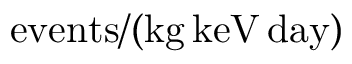
\mathrm { e v e n t s } / ( \mathrm { k g } \, \mathrm { k e V } \, \mathrm { d a y } )